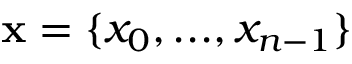
\mathbf { x } = \{ x _ { 0 } , . . . , x _ { n - 1 } \}